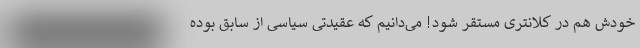
خودش هم در کلانتری مستقر شود! می‌دانیم که عقیدتی سیاسی از سابق بوده